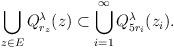
LaTeX: \begin{align*} \bigcup_{z\in E } Q_{r_z}^\lambda(z)\subset \bigcup_{i=1}^\infty Q_{5 r_i}^\lambda(z_i). \end{align*}